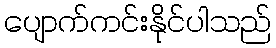
ပျောက်ကင်းနိုင်ပါသည်